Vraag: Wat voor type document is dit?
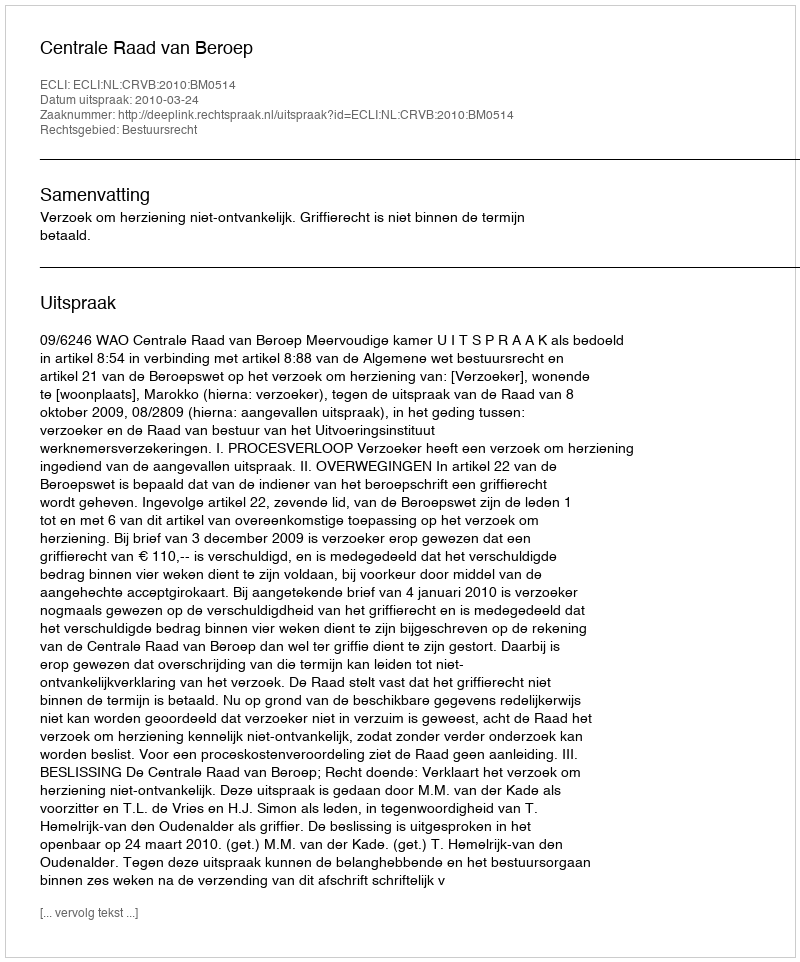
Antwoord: Uitspraak